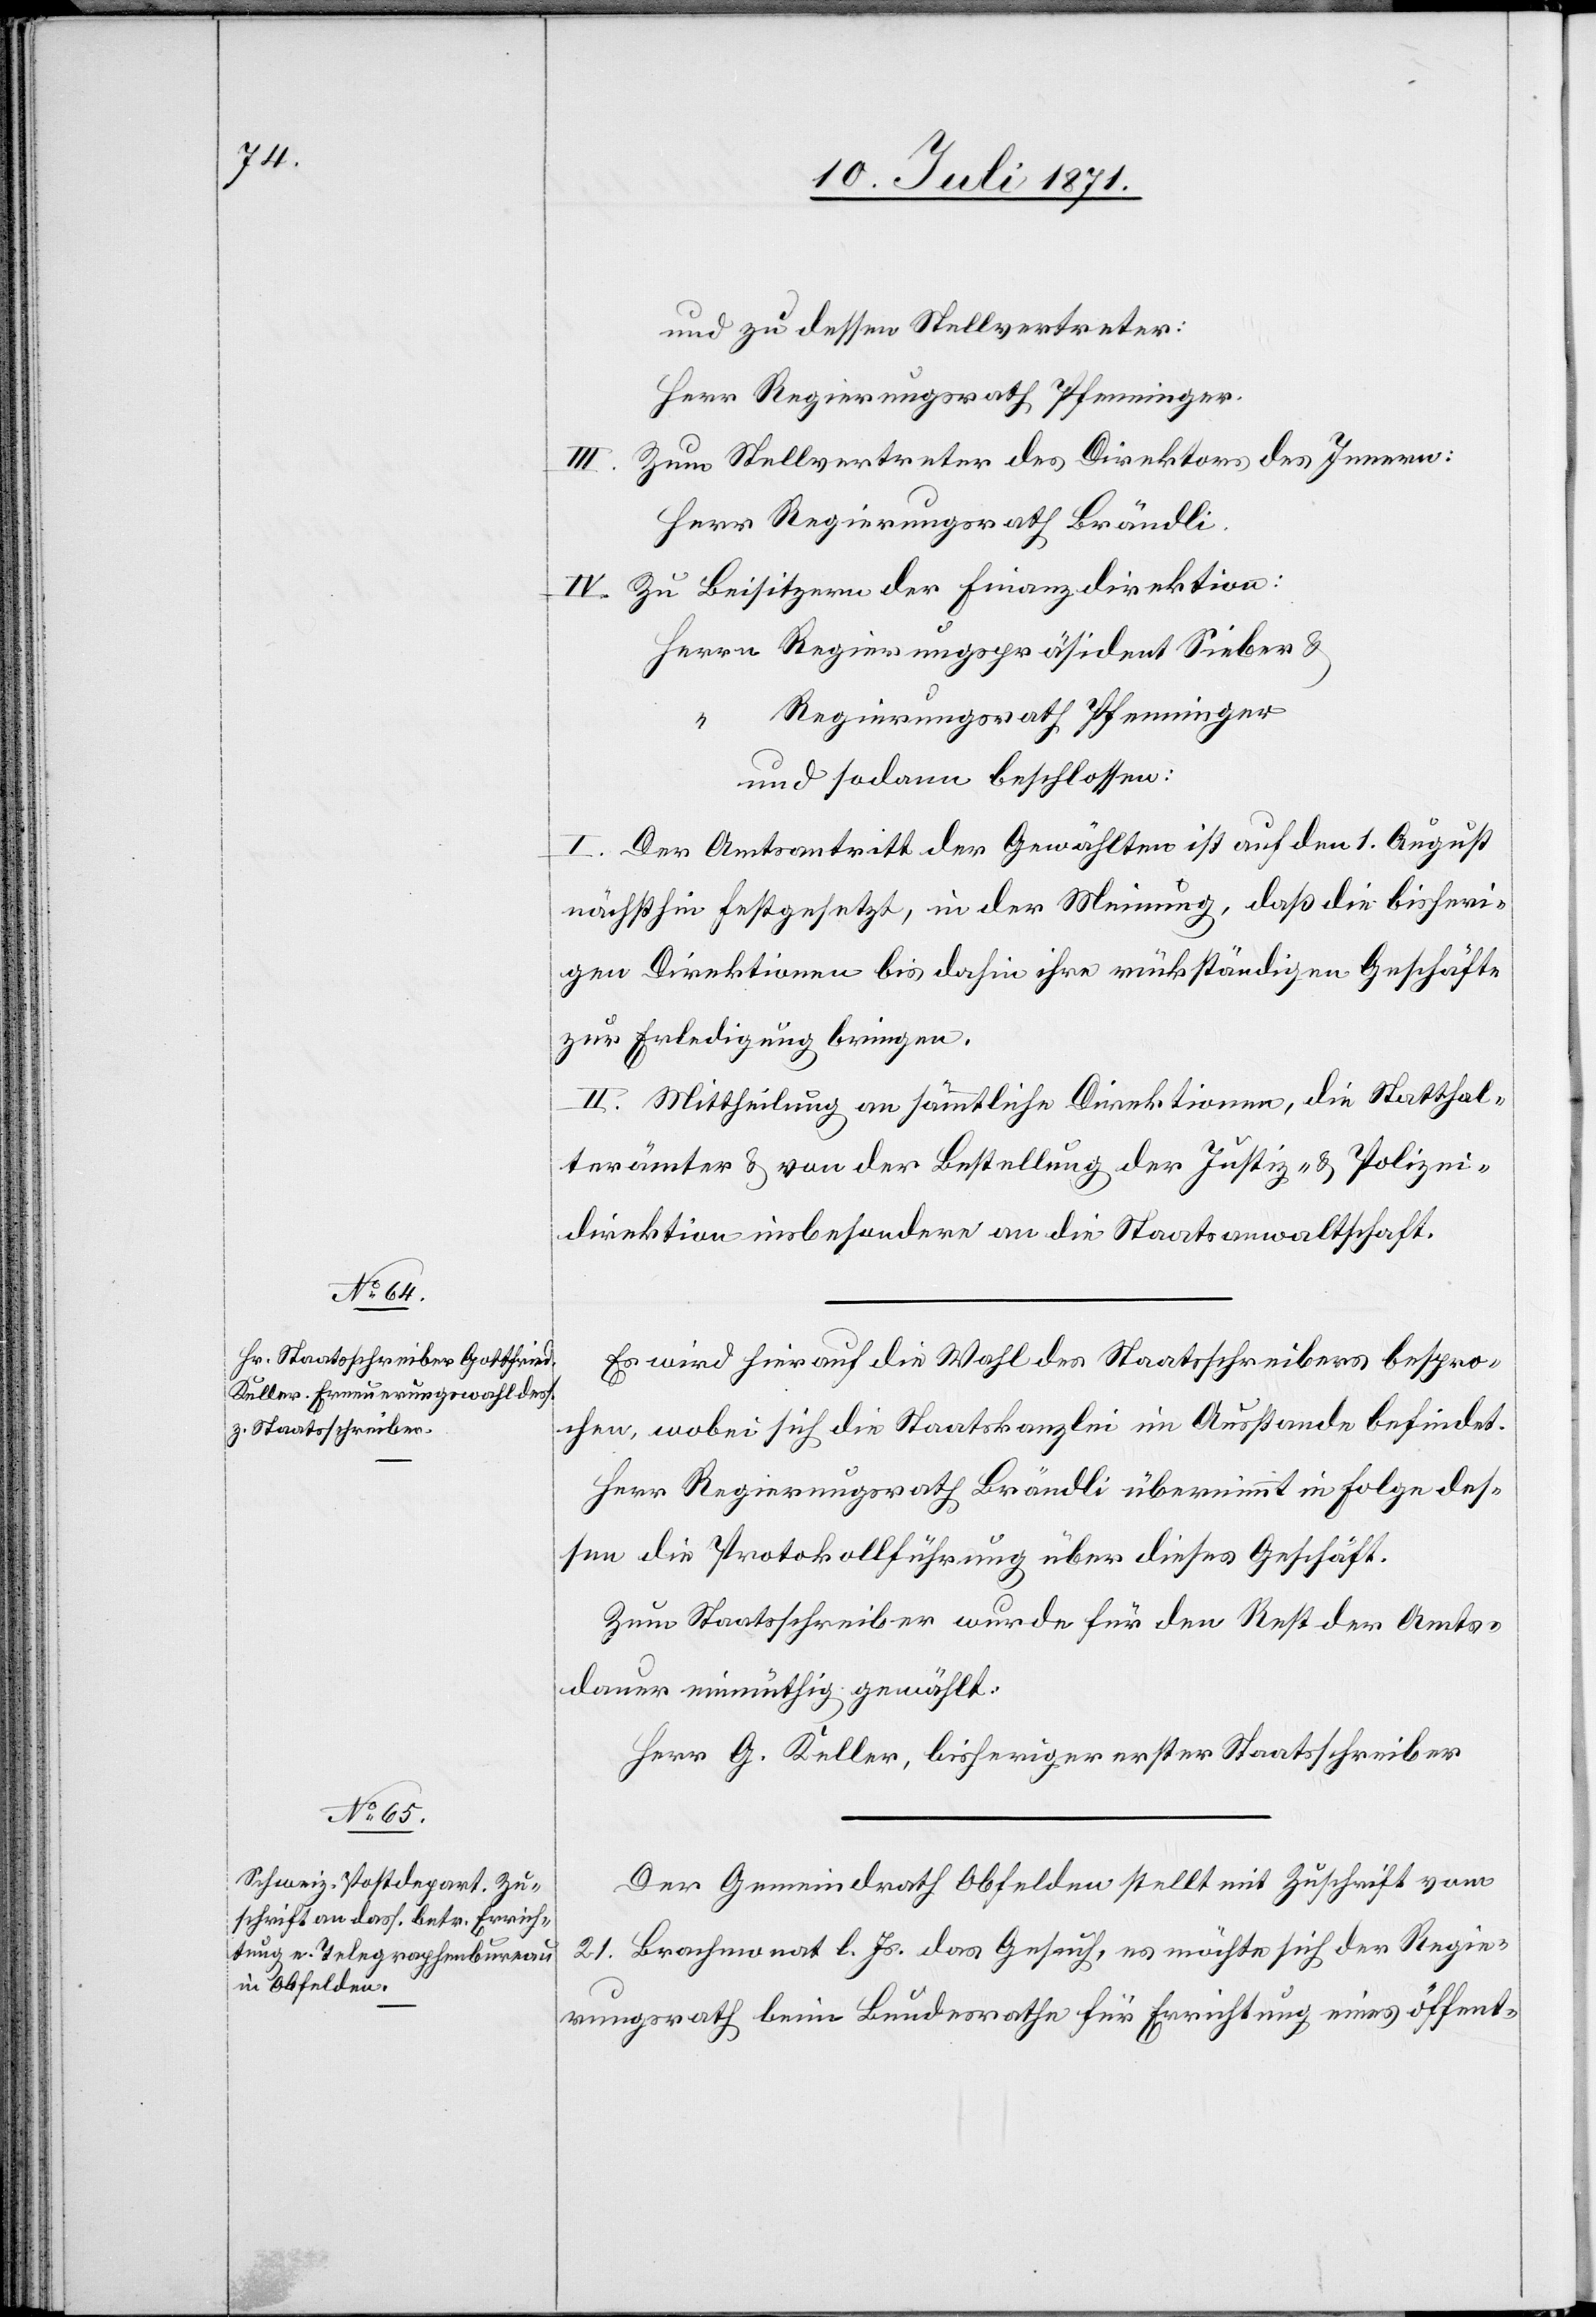
und zu dessen Stellvertreter:
Herr Regierungsrath Pfenninger.
Zum Stellvertreter des Direktors des Innern:
Herr Regierungsrath Brändli.
IV. Zu Beisitzern der Finanzdirektion:
Herrn Regierungspräsident Sieber u.
Regierungsrath Pfenninger
und sodann beschlossen:
I. Der Amtsantritt der Gewählten ist auf den 1. August
nächsthin festgesetzt, in der Meinung, daß die bisheri¬
gen Direktionen bis dahin ihre rückständigen Geschäfte
zur Erledigung bringen.
II. Mittheilung an sämmtliche Direktionen, die Statthal¬
terämter u. von der Bestellung der Justiz- u. Polizei¬
direktion insbesondere an die Staatsanwaltschaft.
Es wird hierauf die Wahl des Staatsschreibers bespro¬
chen, wobei sich die Staatskanzlei im Ausstande befindet.
Herr Regierungsrath Brändli übernimmt in Folge des¬
sen die Protokollführung über dieses Geschäft.
Zum Staatsschreiber wurden für den Rest der Amts¬
dauer einmüthig gewählt:
Herr G. Keller, bisheriger erster Staatsschreiber.
Der Gemeindrath Obfelden stellt mit Zuschrift vom
21. Brachmonat l. Js. das Gesuch, es möchte sich der Regie¬
rungsrath beim Bundesrathe für Errichtung eines öffent-